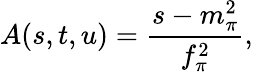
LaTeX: A(s,t,u)={\frac{s-m_{\pi}^{2}}{f_{\pi}^{2}}},